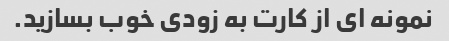
نمونه ای از کارت به زودی خوب بسازید.